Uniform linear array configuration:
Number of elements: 64
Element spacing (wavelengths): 0.25
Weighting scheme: cosine
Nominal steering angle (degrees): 60
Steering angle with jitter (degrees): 60.962
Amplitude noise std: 0.05
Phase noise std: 0.05

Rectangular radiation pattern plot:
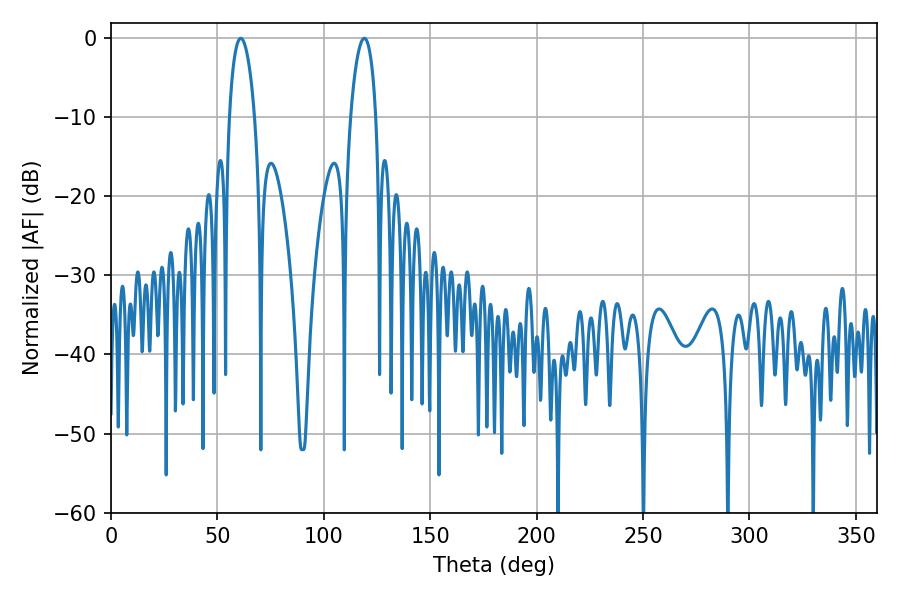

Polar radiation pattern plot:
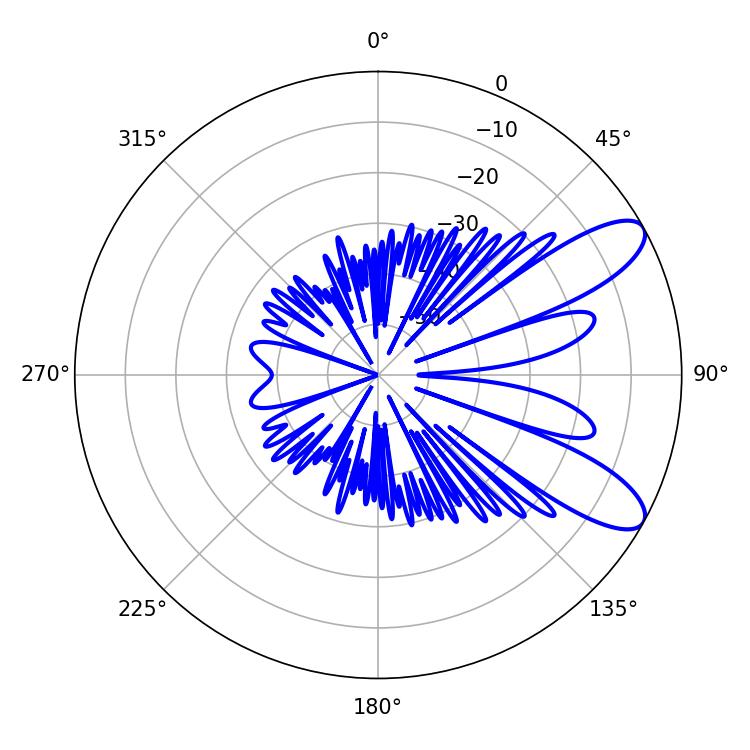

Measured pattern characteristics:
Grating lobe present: FALSE
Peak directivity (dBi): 9.452
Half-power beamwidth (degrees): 6.84
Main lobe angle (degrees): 61.02